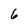
Character: 6